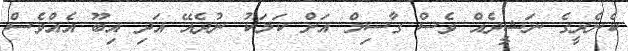
ކެނެރީގެ ނަޝީދެއް ވެސް ގާސިމް އަށް ކަމަކު ނުދެއޭ އަދި އިބޫ އެއްވެސް